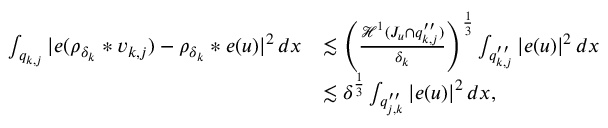
\begin{array} { r l } { \int _ { q _ { k , j } } | e ( \rho _ { \delta _ { k } } * v _ { k , j } ) - \rho _ { \delta _ { k } } * e ( u ) | ^ { 2 } \, d x } & { \lesssim \left( \frac { { \mathcal { H } } ^ { 1 } ( J _ { u } \cap q _ { k , j } ^ { \prime \prime } ) } { \delta _ { k } } \right) ^ { \frac { 1 } { 3 } } \int _ { q _ { k , j } ^ { \prime \prime } } | e ( u ) | ^ { 2 } \, d x } \\ & { \lesssim \delta ^ { \frac { 1 } { 3 } } \int _ { q _ { j , k } ^ { \prime \prime } } | e ( u ) | ^ { 2 } \, d x , } \end{array}